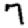
Digit: 7